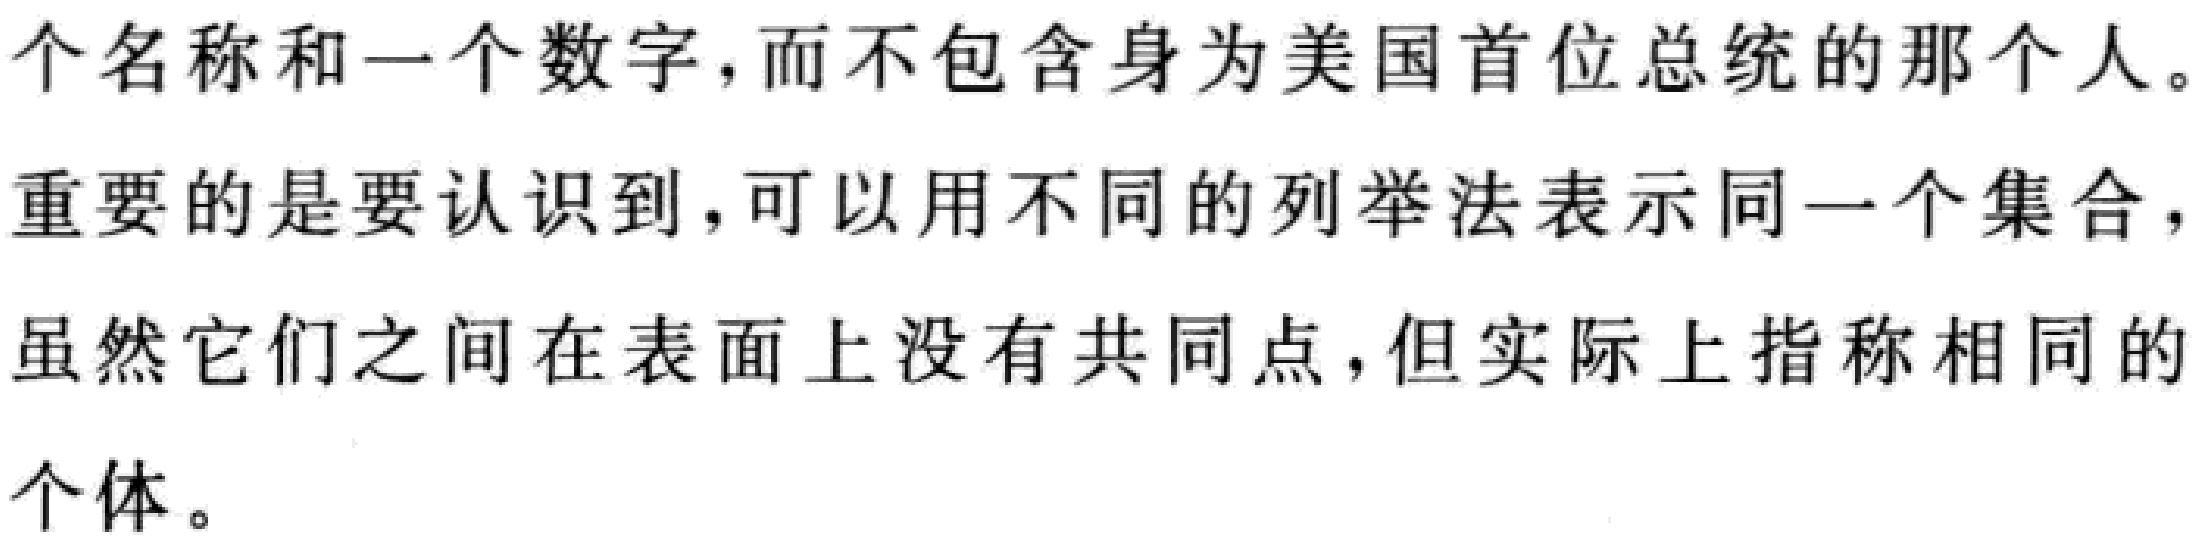
个名称和一个数字，而不包含身为美国首位总统的那个人。

重要的是要认识到，可以用不同的列举法表示同一个集合，

虽然它们之间在表面上没有共同点，但实际上指称相同的

个体。